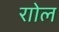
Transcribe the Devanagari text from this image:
राोल